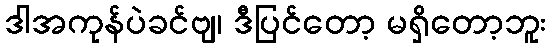
ဒါအကုန်ပဲခင်ဗျ၊ ဒီပြင်တော့ မရှိတော့ဘူး